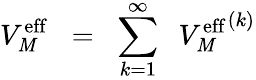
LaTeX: V_{\mathit{M}}^{\mathrm{{eff}}}\; \; =\; \; \sum_{k=1}^{\infty}\; \; {V_{\mathit{M}}^{\mathrm{{eff}}}}^{(k)}